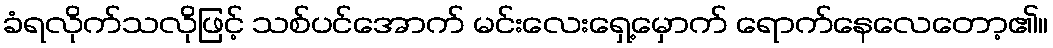
ခံရလိုက်သလိုဖြင့် သစ်ပင်အောက် မင်းလေးရှေ့မှောက် ရောက်နေလေတော့၏။